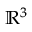
{ \mathbb { R } } ^ { 3 }